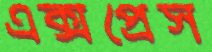
এক্সপ্রেস